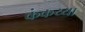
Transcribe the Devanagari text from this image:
कंकय्या